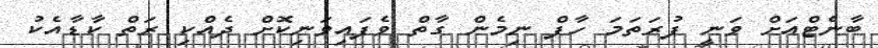
ބާނެޓްއަށް ވަނީ ފުރަތަމަ ހާފް ނިމެން ގާތް ވެފައިވަނިކޮށް ދެއްކި ރަތް ކާޑާއެކު